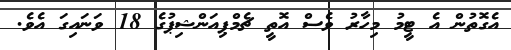
އެގޮތުން އެ ޓީމު މިހާރު ވެސް އޮތީ ޗެމްޕިއަންޝިޕުގެ 18 ވަނައިގަ އެވެ.